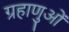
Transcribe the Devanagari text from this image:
ग्रहाणुओं